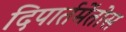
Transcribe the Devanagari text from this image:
दिपार्तमेंतोस